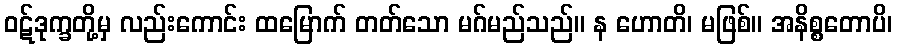
ဝဋ်ဒုက္ခတို့မှ လည်းကောင်း ထမြောက် တတ်သော မဂ်မည်သည်။ န ဟောတိ၊ မဖြစ်။ အနိစ္စတောပိ၊